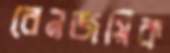
বেনজয়িক